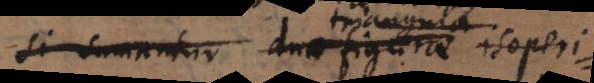
si sumantur duae figurae isoperi